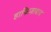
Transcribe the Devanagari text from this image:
हाफिज़ाबाद